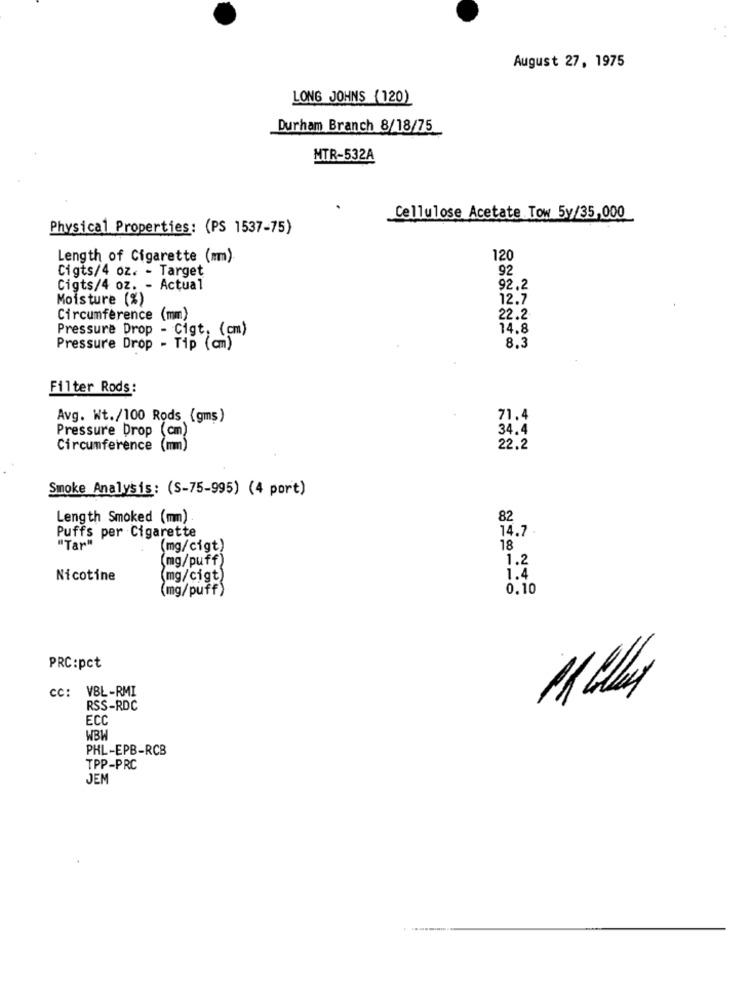
August 27, 1975
LONG JOHNS (120)
Durham Branch 8/18/75
MTR-532A
Cellulose Acetate Tow 5y/35,000
Physical Properties: (PS 1537-75)
Length of Cigarette (mm)
120
Cigts/4 oz. - Target
92
Cigts/4 oz. - Actual
92.2
Moisture (%)
12.7
Circumference (mm)
22.2
Pressure Drop - Cigt. (cm)
14.8
Pressure Drop - Tip (cm)
8.3
Filter Rods:
Avg. Wt./100 Rods (gms)
71.4
Pressure Drop
34.4
Circumference (mm)
22.2
Smoke Analysis: (S-75-995) (4 port)
Length Smoked (mm)
82
14.7
Puffs per Cigarette
"Tar"
(mg/cigt)
18
(mg/puff)
1.2
Nicotine
(mg/cigt)
1.4
(mg/puff)
0.10
PRC:pct
CC: VBL-RMI
RSS-RDC
ECC
WBW
PHL-EPB-RCB
TPP-PRC
JEM